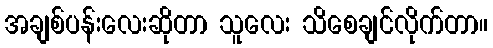
အချစ်ပန်းလေးဆိုတာ သူလေး သိစေချင်လိုက်တာ။